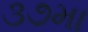
૩૭મા